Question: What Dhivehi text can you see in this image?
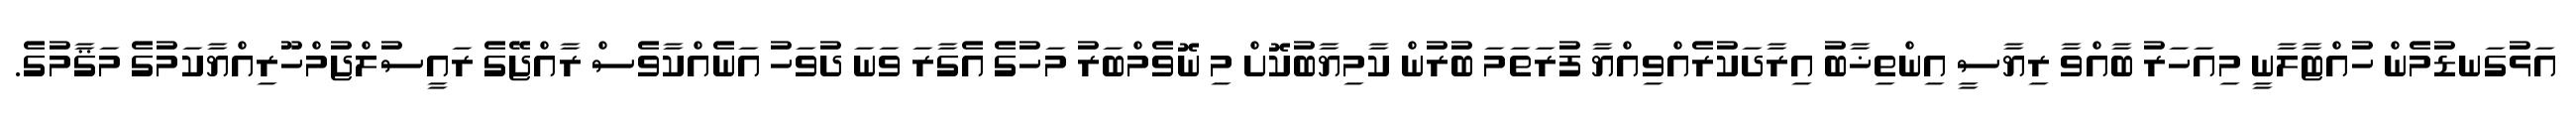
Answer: އަޅުގަނޑުމެން ހުއްޓާލާނީ މިއަހަރު ބާއްވާ ރިޔާސީ އިންތިޚާބު އިރާދަކުރެއްވިއްޔާ ފުރަތަމަ ބުރުން ކާމިޔާބުކޮށް މި ނޮވެމްބަރު މަހުގެ އެގާރަ ވަނަ ދުވަހު އަނެއްކާވެސް ރާއްޖޭގެ ރައީސުލްޖުމްހޫރިއްޔާކަމުގެ މަޤާމުގެ.